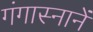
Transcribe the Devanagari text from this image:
गंगास्नानें